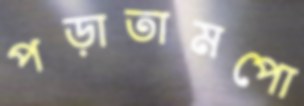
পড়াতামপো